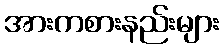
အားကစားနည်းများ